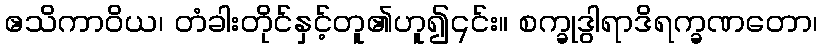
ဧသိကာဝိယ၊ တံခါးတိုင်နှင့်တူ၏ဟူ၍၎င်း။ စက္ခုဒွါရာဒိရက္ခဏတော၊